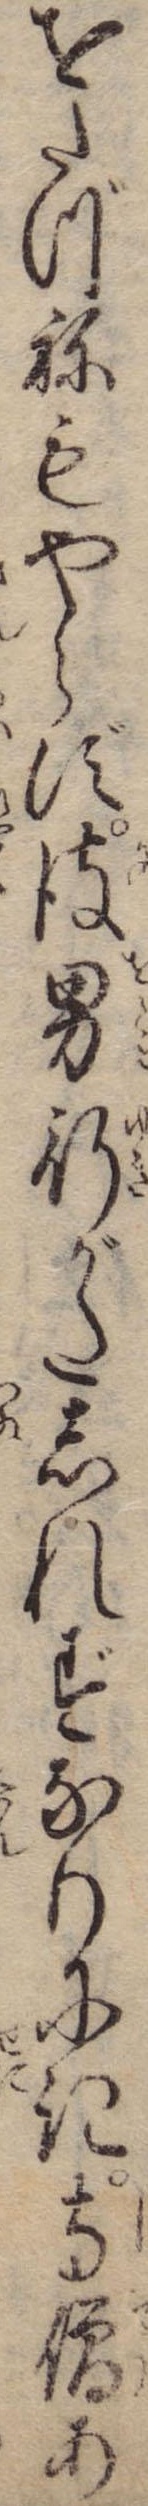
をたづねもやらず彼男行がたしれずなりにき寺僧あ